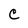
Character: C